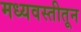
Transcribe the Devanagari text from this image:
मध्यवस्तीतून